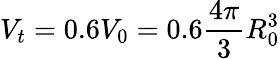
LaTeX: V_{t}=0.6V_{0}=0.6\frac{4\pi}{3}R_{0}^{3}